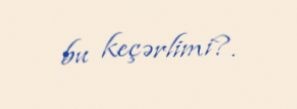
bu keçərlimi?.